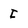
Character: I